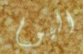
اليوم